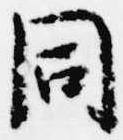
同